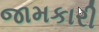
જામકારી